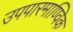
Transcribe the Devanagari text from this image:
उपपारमाण्विक